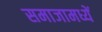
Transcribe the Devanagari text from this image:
समाजामध्यें